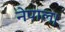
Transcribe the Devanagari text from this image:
नेपाल।